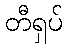
တီရှပ်